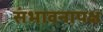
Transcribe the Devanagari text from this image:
संभावनापक्ष